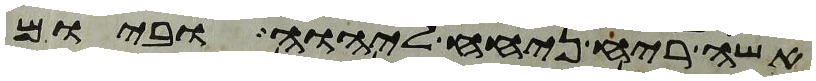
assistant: אשה ריח ניחח ליהוה וביום